Indian journal of veterinary science and animal husbandry - Volume 8,
Year: 1938
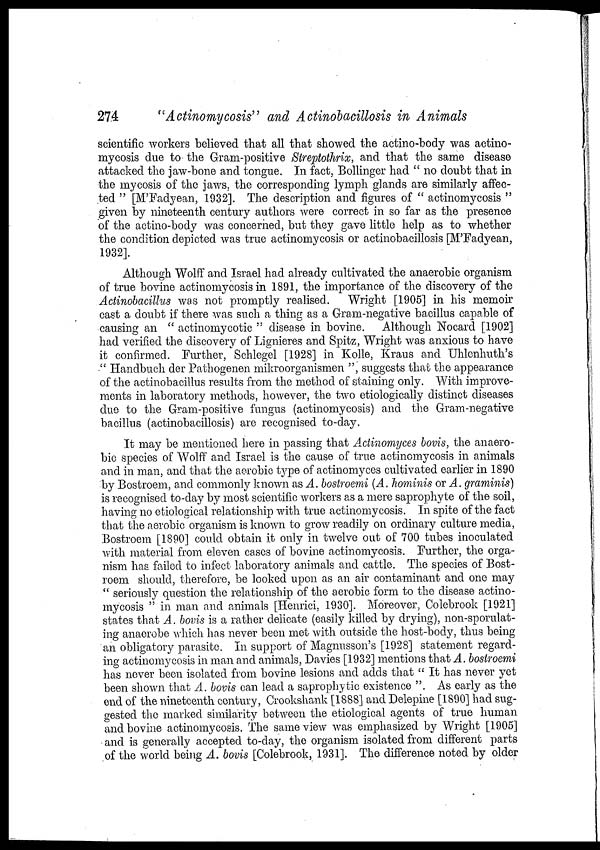
274
"Actinomycosis" and Actinobacillosis in Animals
scientific workers believed that all that showed the actino-body was actino-
mycosis due to the Gram-positive Streptothrix, and that the same disease
attacked the jaw-bone and tongue. In fact, Bollinger had " no doubt that in
the mycosis of the jaws, the corresponding lymph glands are similarly affec-
ted " [M'Fadyean, 1932]. The description and figures of " actinomycosis "
given by nineteenth century authors were correct in so far as the presence
of the actino-body was concerned, but they gave little help as to whether
the condition depicted was true actinomycosis or actinobacillosis [M'Fadyean,
1932].
Although Wolff and Israel had already cultivated the anaerobic organism
of true bovine actinomycosis in 1891, the importance of the discovery of the
Actinobacillus was not promptly realised. Wright [1905] in his memoir
cast a doubt if there was such a thing as a Gram-negative bacillus capable of
causing an " actinomycotic " disease in bovine. Although Nocard [1902]
had verified the discovery of Lignieres and Spitz, Wright was anxious to have
it confirmed. Further, Schlegel [1928] in Kolle, Kraus and Uhlenhuth's
" Handbuch der Pathogenen mikroorganismen ", suggests that the appearance
of the actinobacillus results from the method of staining only. With improve-
ments in laboratory methods, however, the two etiologically distinct diseases
due to the Gram-positive fungus (actinomycosis) and the Gram-negative
bacillus (actinobacillosis) are recognised to-day.
It may be mentioned here in passing that Actinomyces bovis, the anaero-
bic species of Wolff and Israel is the cause of true actinomycosis in animals
and in man, and that the aerobic type of actinomyces cultivated earlier in 1890
by Bostroem, and commonly known as A. bostroemi (A. hominis or A. graminis)
is recognised to-day by most scientific workers as a mere saprophyte of the soil,
having no etiological relationship with true actinomycosis. In spite of the fact
that the aerobic organism is known to grow readily on ordinary culture media,
Bostroem [1890] could obtain it only in twelve out of 700 tubes inoculated
with material from eleven cases of bovine actinomycosis. Further, the orga-
nism has failed to infect laboratory animals and cattle. The species of Bost-
roem should, therefore, be looked upon as an air contaminant and one may
" seriously question the relationship of the aerobic form to the disease actino-
mycosis " in man and animals [Henrici, 1930]. Moreover, Colebrook [1921]
states that A. bovis is a rather delicate (easily killed by drying), non-sporulat-
ing anaerobe which has never been met with outside the host-body, thus being
an obligatory parasite. In support of Magnusson's [1928] statement regard-
ing actinomycosis in man and animals, Davies [1932] mentions that A. bostroemi
has never been isolated from bovine lesions and adds that " It has never yet
been shown that A. bovis can lead a saprophytic existence ". As early as the
end of the nineteenth century, Crookshank [1888] and Delepine [1890] had sug-
gested the marked similarity between the etiological agents of true human
and bovine actinomycosis. The same view was emphasized by Wright [1905]
and is generally accepted to-day, the organism isolated from different parts
of the world being A. bovis [Colebrook, 1931]. The difference noted by older